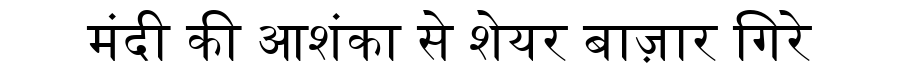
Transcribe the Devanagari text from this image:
मंदी की आशंका से शेयर बाज़ार गिरे